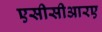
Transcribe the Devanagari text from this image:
एसीसीआरए